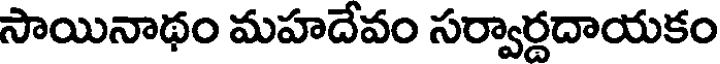
సాయినాథం మహదేవం సర్వార్దదాయకం